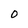
Character: 0